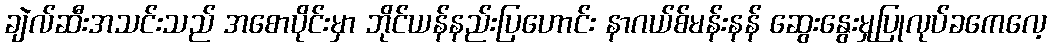
ချဲလ်ဆီးအသင်းသည် အစောပိုင်းမှာ ဘိုင်ယန်နည်းပြဟောင်း နာဂယ်စ်မန်းနန် ဆွေးနွေးမှုပြုလုပ်ခကေလေ့